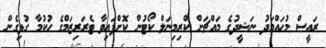
ރައީސް މުޙައްމަދު ނަޝީދުގެ މައްޗަށް ކްރިމިނަލް ކޯޓުން ކޮށްފައިވާ ޓެރަރިޒަމްގެ ޙުކުމާ ގުޅިގެން